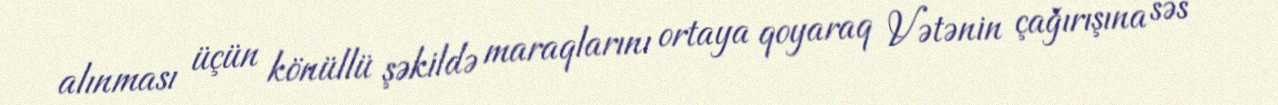
alınması üçün könüllü şəkildə maraqlarını ortaya qoyaraq Vətənin çağırışına səs